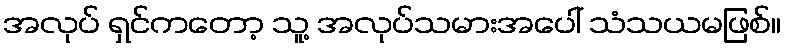
အလုပ် ရှင်ကတော့ သူ့ အလုပ်သမားအပေါ် သံသယမဖြစ်။